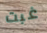
غبت